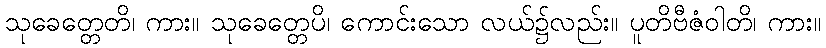
သုခေတ္တေတိ၊ ကား။ သုခေတ္တေပိ၊ ကောင်းသော လယ်၌လည်း။ ပူတိဗီဇံဝါတိ၊ ကား။